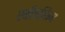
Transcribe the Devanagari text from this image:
एनीमलिज्म